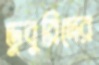
ডুবুরিদের